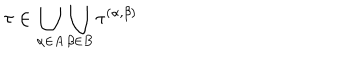
LaTeX: \tau \in \bigcup _ { \alpha \in A } \bigcup _ { \beta \in B } \tau ^ { ( \alpha , \beta ) }